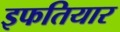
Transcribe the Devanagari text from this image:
इफतियार